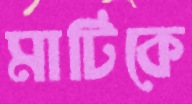
মাটিকে